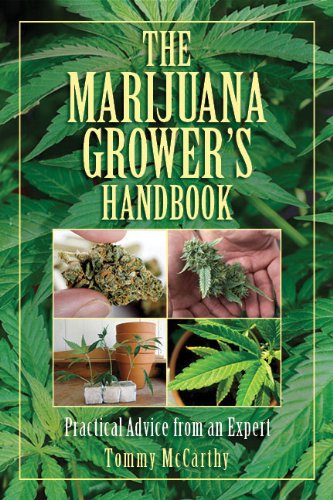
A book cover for The Marijuana Grower's Handbook: Practical Advice from an Expert; Tommy McCarthy; Crafts, Hobbies & Home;